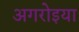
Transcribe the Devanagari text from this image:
अगरोइया